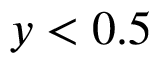
y < 0 . 5